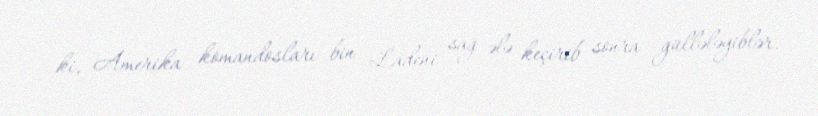
ki, Amerika komandosları bin Ladeni sağ ələ keçirib sonra güllələyiblər.